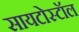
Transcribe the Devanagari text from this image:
सायटोस्टॉल